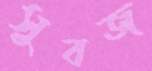
সুবজ